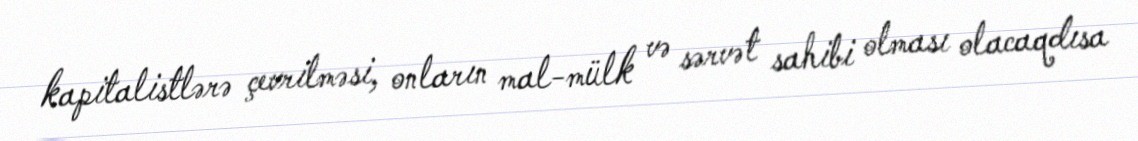
kapitalistlərə çevrilməsi, onların mal-mülk və sərvət sahibi olması olacaqdısa